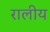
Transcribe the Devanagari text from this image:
रालीय